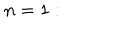
n = 1 : \quad